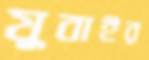
যুবাইর